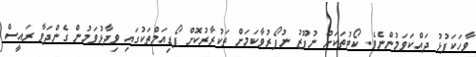
ވާހަކަފުޅު ދައްކަވަމުންނެވެ. ކޯޓުތަކަށް ނުފޫޒު ނުފޯރުވާކަމަށް ތަކުރާރުކޮށް ޕޯޑިއަމްތަކުގައި ވިދާޅުވަމުން ގެންދަވާ ރައީސް